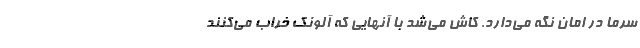
سرما در امان نگه می‌دارد. کاش می‌شد با آنهایی که آلونک خراب می‌کنند